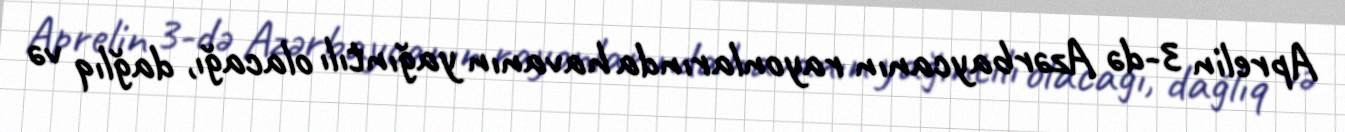
Aprelin 3-də Azərbaycanın rayonlarında havanın yağıntılı olacağı, dağlıq və